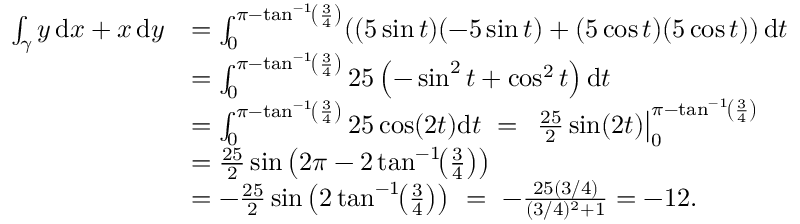
{ \begin{array} { r l } { \int _ { \gamma } y \, \mathrm { d } x + x \, \mathrm { d } y } & { = \int _ { 0 } ^ { \pi - \tan ^ { - 1 } \! \left( { \frac { 3 } { 4 } } \right) } ( ( 5 \sin t ) ( - 5 \sin t ) + ( 5 \cos t ) ( 5 \cos t ) ) \, \mathrm { d } t } \\ & { = \int _ { 0 } ^ { \pi - \tan ^ { - 1 } \! \left( { \frac { 3 } { 4 } } \right) } 2 5 \left( - \sin ^ { 2 } t + \cos ^ { 2 } t \right) \mathrm { d } t } \\ & { = \int _ { 0 } ^ { \pi - \tan ^ { - 1 } \! \left( { \frac { 3 } { 4 } } \right) } 2 5 \cos ( 2 t ) \mathrm { d } t \ = \ \left. { \frac { 2 5 } { 2 } } \sin ( 2 t ) \right| _ { 0 } ^ { \pi - \tan ^ { - 1 } \! \left( { \frac { 3 } { 4 } } \right) } } \\ & { = { \frac { 2 5 } { 2 } } \sin \left( 2 \pi - 2 \tan ^ { - 1 } \! \! \left( { \frac { 3 } { 4 } } \right) \right) } \\ & { = - { \frac { 2 5 } { 2 } } \sin \left( 2 \tan ^ { - 1 } \! \! \left( { \frac { 3 } { 4 } } \right) \right) \ = \ - { \frac { 2 5 ( 3 / 4 ) } { ( 3 / 4 ) ^ { 2 } + 1 } } = - 1 2 . } \end{array} }